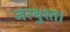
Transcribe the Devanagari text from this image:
जरथुश्त।